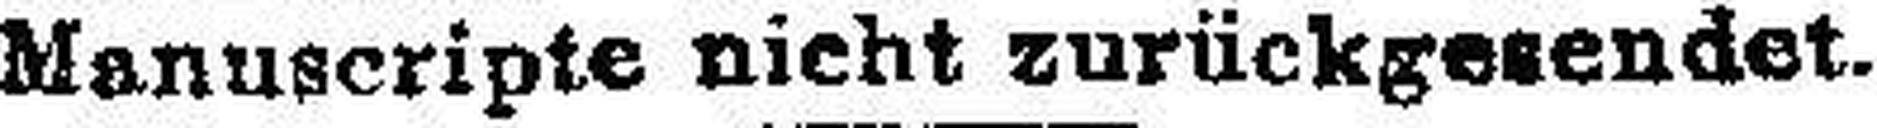
Manuscripte nicht zurückgesendet.